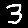
Digit: 3